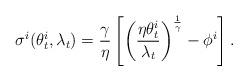
LaTeX: \begin{align*}\sigma^i(\theta_t^i,\lambda_t)=\frac{\gamma}{\eta}\left[\left(\frac{\eta\theta_t^i}{\lambda_t}\right)^{\frac{1}{\gamma}}-\phi^i\right].\end{align*}